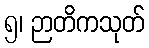
၅၊ ဉာတိကသုတ်